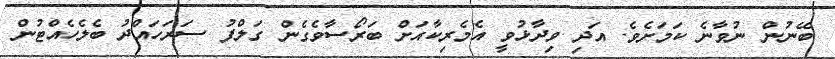
ބޭނުން ނުވާނެ ކަމަށެވެ. އަދި ވިދާޅުވީ އެމެރިކާއަށް ބަރޯސާވެގެން ގަލްފު ސަރަހައްދު ބެލެހެއްޓުން